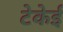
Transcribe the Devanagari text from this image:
टेकेई